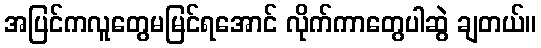
အပြင်ကလူတွေမမြင်ရအောင် လိုက်ကာတွေပါဆွဲ ချတယ်။